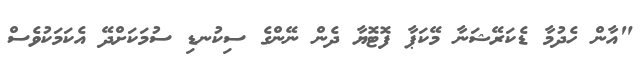
"އާން ހެދުމާ ޑެކަރޭޝަނާ މޭކަޕާ ފޮޓޮޔާ ދެން ނޭންގެ ސިކުނޑި ސުމަކަށްދޭ އެކަމަކުވެސް